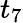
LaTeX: t_{7}